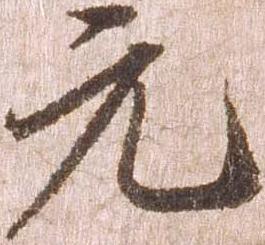
元